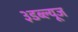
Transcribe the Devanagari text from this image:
३डब्ल्यूज